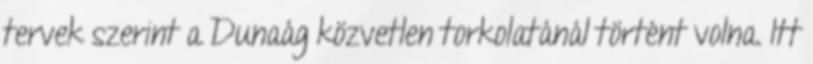
tervek szerint a Dunaág közvetlen torkolatánál történt volna. Itt